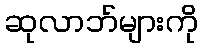
ဆုလာဘ်များကို